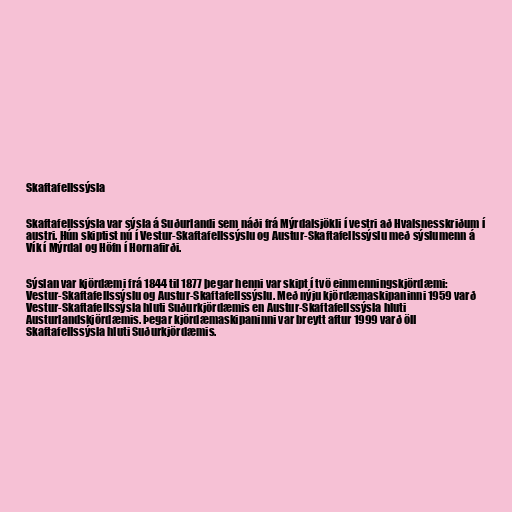
Skaftafellssýsla

Skaftafellssýsla var sýsla á Suðurlandi sem náði frá Mýrdalsjökli í vestri að Hvalsnesskriðum í
austri. Hún skiptist nú í Vestur-Skaftafellssýslu og Austur-Skaftafellssýslu með sýslumenn á
Vík í Mýrdal og Höfn í Hornafirði.

Sýslan var kjördæmi frá 1844 til 1877 þegar henni var skipt í tvö einmenningskjördæmi:
Vestur-Skaftafellssýslu og Austur-Skaftafellssýslu. Með nýju kjördæmaskipaninni 1959 varð
Vestur-Skaftafellssýsla hluti Suðurkjördæmis en Austur-Skaftafellssýsla hluti
Austurlandskjördæmis. Þegar kjördæmaskipaninni var breytt aftur 1999 varð öll
Skaftafellssýsla hluti Suðurkjördæmis.